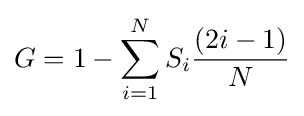
G=1-\sum _{i=1}^{N}S_{i}{\frac {(2i-1)}{N}}